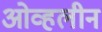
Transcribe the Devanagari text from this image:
ओव्हलीन